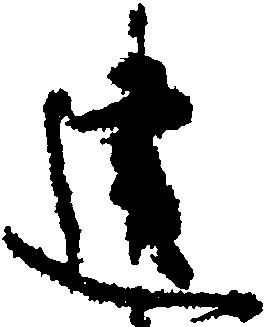
建